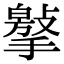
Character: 𢵿